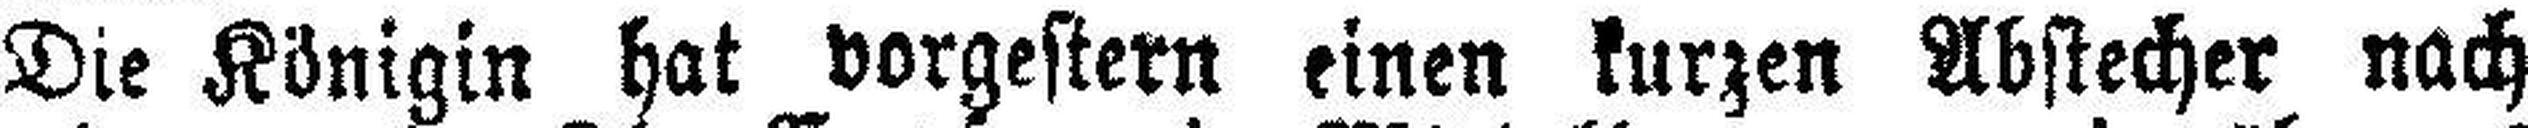
Die Königin hat vorgestern einen kurzen Abstecher nach